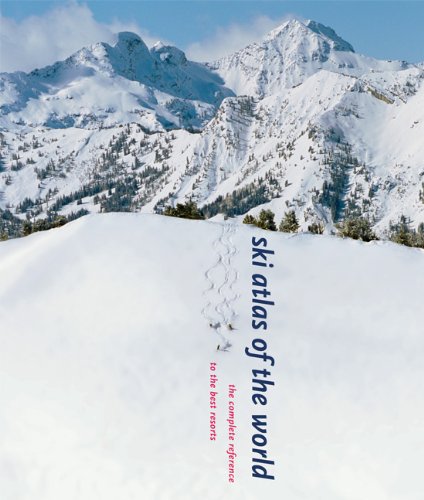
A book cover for Ski Atlas of the World: The Complete Reference to the Best Resorts; Arnie Wilson; Travel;